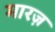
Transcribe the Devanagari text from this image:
मारज़